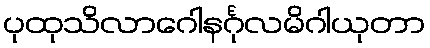
ပုထုသိလာဂေါနင်္ဂုလမိဂါယုတာ